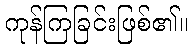
ကုန်ကြခြင်းဖြစ်၏။